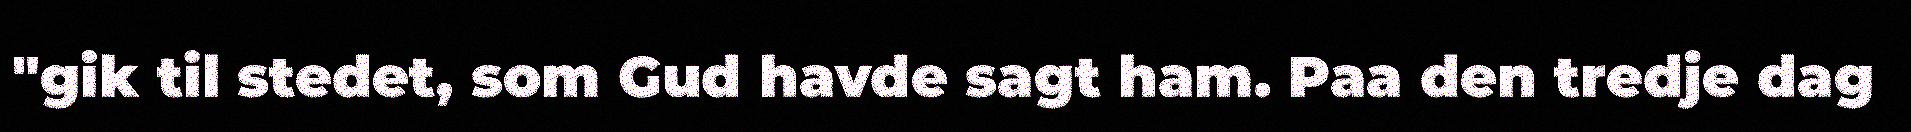
"gik til stedet, som Gud havde sagt ham. Paa den tredje dag